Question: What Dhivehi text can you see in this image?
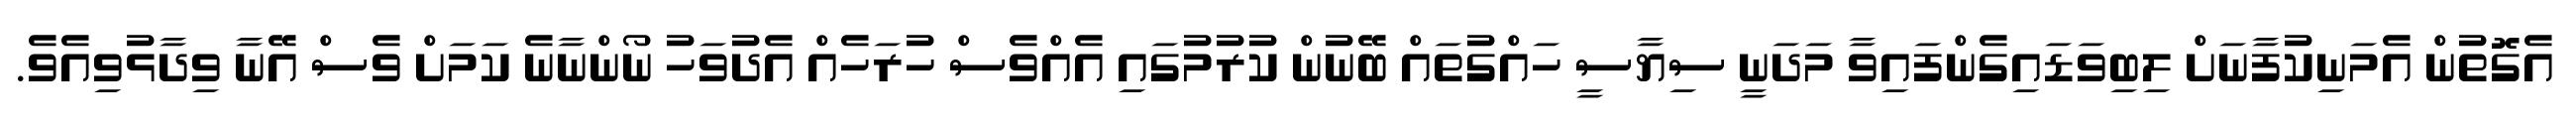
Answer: އެގޮތުން އެމަނިކުފާނަށް ލިބިވަޑައިގެންފައިވާ މަދަނީ ސިޔާސީ ހައްގުތައް ބޭނުން ކުރުމުގައި އެއްވެސް ހުރަހެއް އެދުވަހު ނޯންނާނެ ކަމަށް ވެސް އޭނާ ވިދާޅުވިއެވެ.